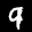
Label: 9